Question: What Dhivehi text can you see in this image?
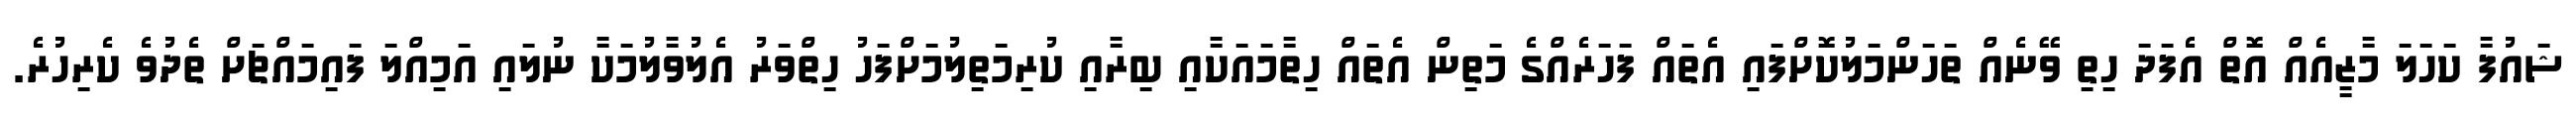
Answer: ޝައުފާ ކަހަލަ މާޒީއެއް އޮތް އެފަދަ ހިތި ވޭނެއް ތަހަންމަލުކޮށްފައި އެތައް ފަހަރެއްގެ މަތިން އެތައް ހިތާމައަކާއި ބިރާއި ކުރިމަތިލުމަށްފަހު ހިތްވަރު އެލުވާލުމަކާ ނުލައި އަމިއްލަ ފައިމައްޗަށް ތެދުވެ ކެރިހުރެ.